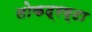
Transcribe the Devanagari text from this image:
लोकद्रष्टा